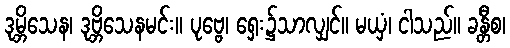
ဒုမ္ဘိသေန၊ ဒုဗ္ဘိသေနမင်း။ ပုဗ္ဗေ၊ ရှေး၌သာလျှင်။ မယှံ၊ ငါသည်။ ခန္တီစ၊